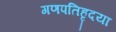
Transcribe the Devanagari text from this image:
गणपतिहृदया